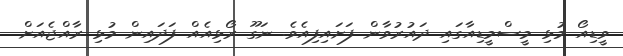
ވީޑިއޯ މުޅި މީސްމީޑިއާގައި ދައުރުވާން ފަށައިފިއެވެ. ނަގޫ ރޯޅިއެއް ފަދައިން މުޅި ރާއްޖެއަށް